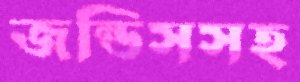
জন্ডিসসহ